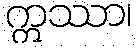
ဣဿာ၊